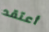
أعتقد